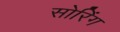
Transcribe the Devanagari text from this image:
सोरिंग